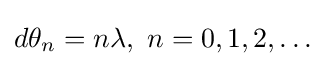
d\theta _{n}=n\lambda ,~n=0,1,2,\ldots